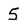
Character: 5